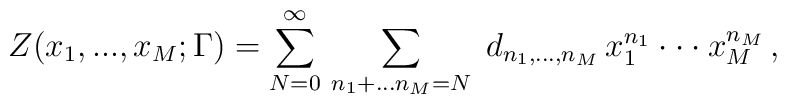
Z(x_{1},...,x_{M};\Gamma) = \sum^{\infty}_{N=0}\,\sum_{n_{1}+...n_{M}=N}\;d_{n_{1},...,n_{M}}\, x_{1}^{n_{1}}\cdot\cdot\cdot x_{M}^{n_M}\,,